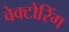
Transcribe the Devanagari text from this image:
वेक्टोरिंग